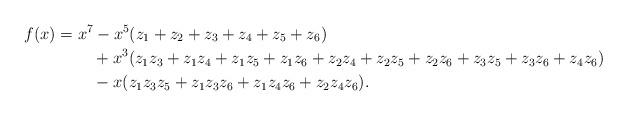
LaTeX: \begin{align*} f(x) &= x^7 - x^5 ( z_1 + z_2 + z_3 + z_4 + z_5 + z_6)\\ & \qquad\; + x^3 ( z_1 z_3 + z_1 z_4 + z_1 z_5 + z_1 z_6 + z_2 z_4 + z_2 z_5 + z_2 z_6 + z_3 z_5 + z_3 z_6 + z_4 z_6)\\ & \qquad\; - x (z_1 z_3 z_5 + z_1 z_3 z_6 + z_1 z_4 z_6 + z_2 z_4 z_6).\end{align*}